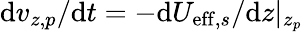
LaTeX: \mathrm{d}v_{z,p}/\mathrm{d}t=-\mathrm{d}U_{\mathrm{eff},s}/\mathrm{d}z|_{z_{p}}